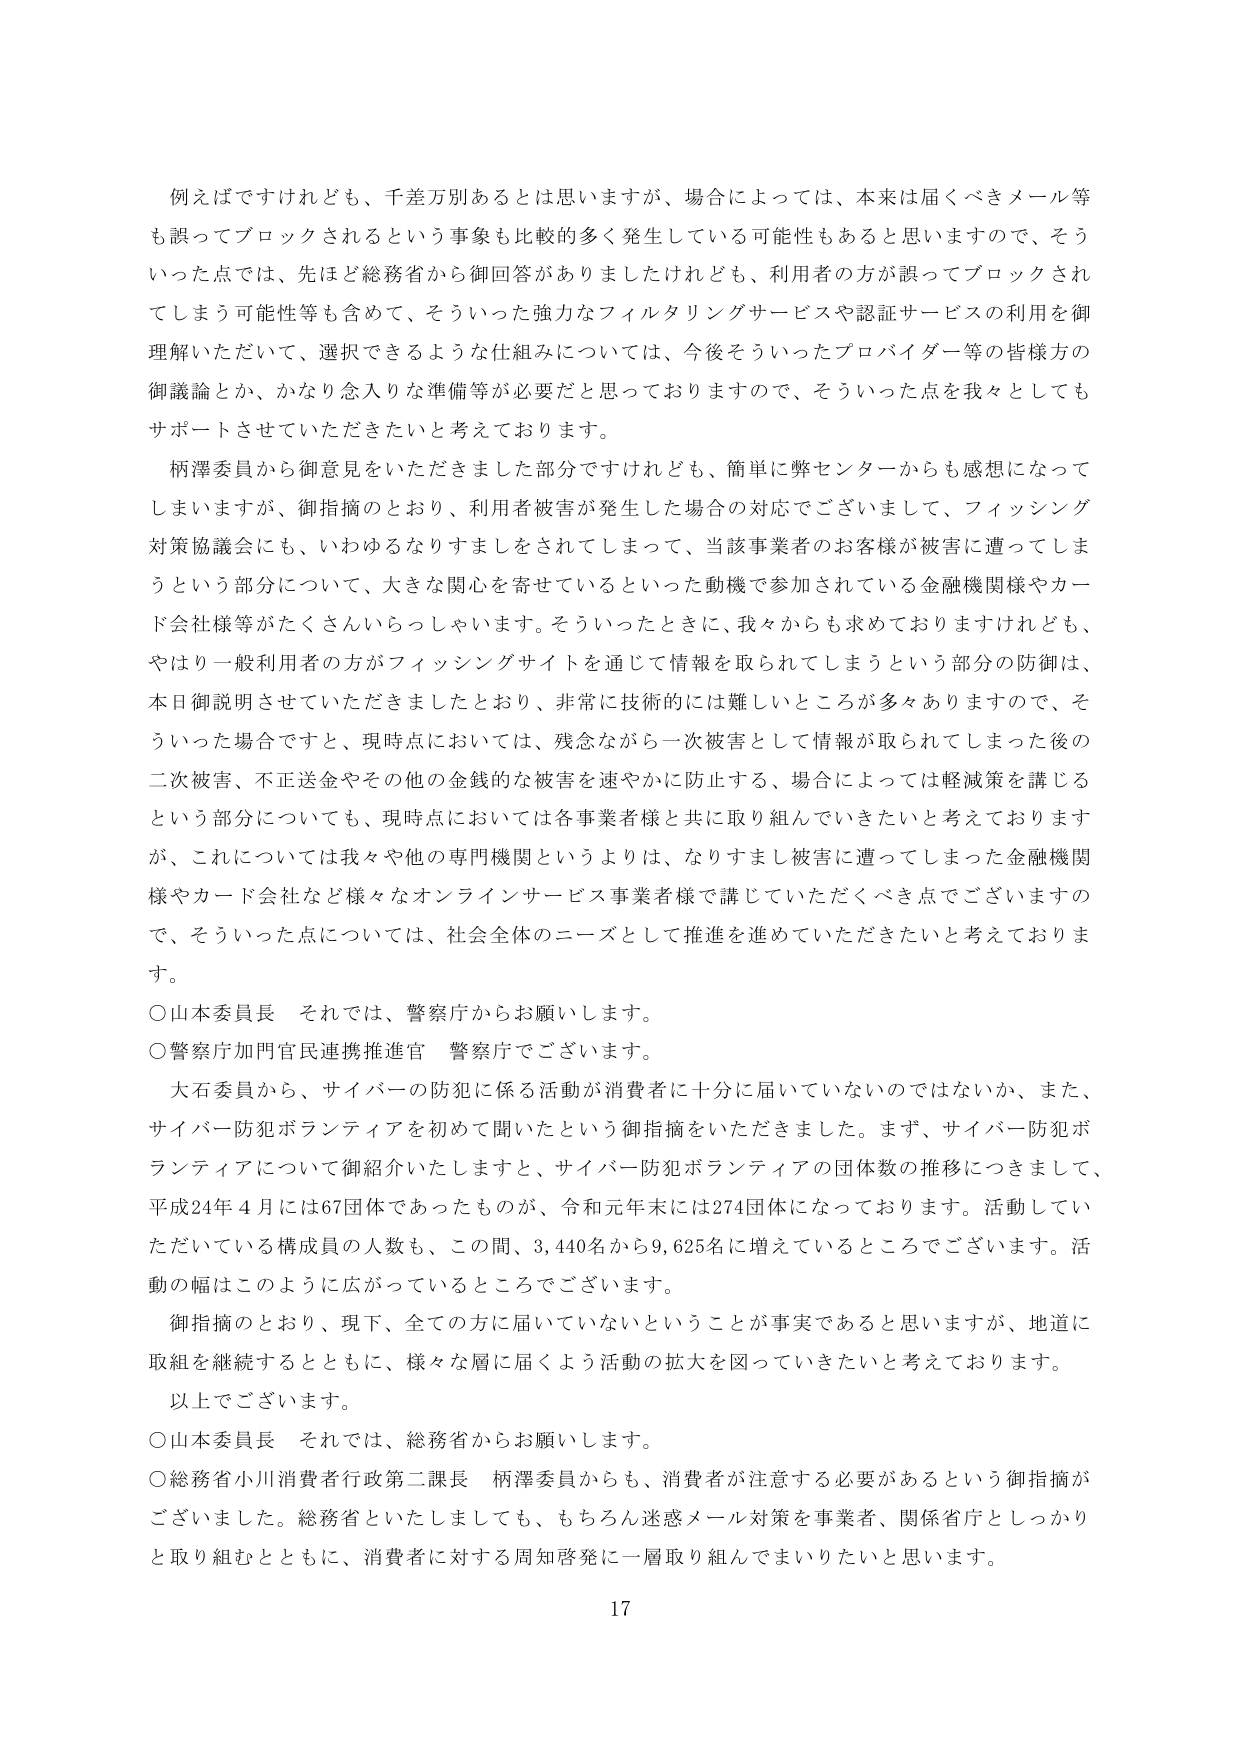
例えばですけれども、千差万別あるとは思いますが、場合によっては、本来は届くべきメール等も誤ってブロックされるという事象も比較的多く発生している可能性もあると思いますので、そういった点では、先ほど総務省から御回答がありましたけれども、利用者の方が誤ってブロックされてしまう可能性等も含めて、そういった強力なフィルタリングサービスや認証サービスの利用を御理解いただいて、選択できるような仕組みについては、今後そういったプロバイダー等の皆様方の御議論とか、かなり念入りな準備等が必要だと思っておりますので、そういった点を我々としてもサポートさせていただきたいと考えております。

柄澤委員から御意見をいただきました部分ですけれども、簡単に警センターからも感想になってしまいますますが、御指摘のとおり、利用者被害が発生した場合の対応でございまして、フィッシング対策協議会にも、いわゆるなりすましをされてしまって、当該事業者のお客様が被害に遭ってしまうという部分について、大きな関心を寄せているといった動機で参加されている金融機関様やカード会社様等がたくさんいらっしゃいます。そういったときに、我々からも求めておりますけれども、やはり一般利用者の方がフィッシングサイトを通じて情報が取られてしまうという部分の防御は、本日御説明させていただきましたとおり、非常に技術的には難しいところが多々ありますので、そういった場合ですと、現時点においては、残念ながら一次被害として情報が取られてしまった後の二次被害、不正送金やその他の金銭的な被害を速やかに防止する、場合によっては軽減策を講じるという部分についても、現時点においては各事業者様と共に取り組んでいきたいと考えておりますが、これについては我々や他の専門機関というよりは、なりすまし被害に遭ってしまった金融機関様やカード会社など様々なオンラインサービス事業者様で講じていただくべき点でございますので、そういった点については、社会全体のニーズとして推進を進めていただきたいと考えております。

○山本委員長　それでは、警察庁からお願いします。

○警察庁門官民連携推進官　警察庁でございます。

大石委員から、サイバーの防犯に係る活動が消費者に十分に届いていないのではないか、また、サイバー防犯ボランティアを初めて聞いたという御指摘をいただきました。まず、サイバー防犯ボランティアについて御紹介いたしますと、サイバー防犯ボランティアの団体数の推移につきまして、平成24年4月には67団体であったものが、令和元年末には274団体になっております。活動していただいている構成員の人数も、この間、3,440名から9,625名に増えているところでございます。活動の幅はこのように広がっているところでございます。

御指摘のとおり、現下、全ての方に届いていないということが事実であると思いますが、地道に取組を継続するとともに、様々な層に届くよう活動の拡大を図っていきたいと考えております。

以上でございます。

○山本委員長　それでは、総務省からお願いします。

○総務省小川消費者行政第二課長　柄澤委員からも、消費者が注意する必要があるという御指摘がございました。総務省といたしましても、もちろん迷惑メール対策を事業者、関係省庁としっかり取り組むとともに、消費者に対する周知啓発に一層取り組んでまいりたいと思います。

17